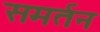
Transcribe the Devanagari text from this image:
समर्तन